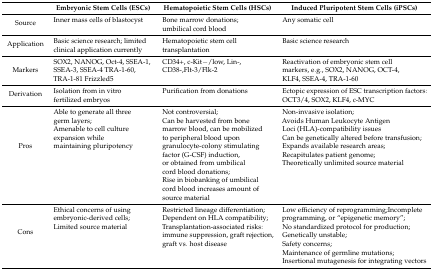
|  | Embryonic Stem Cells (ESCs) | Hematopoietic Stem Cells (HSCs) | Induced Pluripotent Stem Cells (iPSCs) |
 | --- | --- | --- | --- |
 | Source | Inner mass cells of blastocyst | Bone marrow donations; umbilical cord blood | Any somatic cell |
 | Application | Basic science research; limited clinical application currently | Hematopoietic stem cell transplantation | Basic science research |
 | Markers | SOX2, NANOG, Oct-4, SSEA-1, SSEA-3, SSEA-4 TRA-1-60, TRA-1-81 Frizzled5 | CD34+, c-Kit−/low, Lin-, CD38-,Flt-3/Flk-2 | Reactivation of embryonic stem cell markers, e.g., SOX2, NANOG, OCT-4, KLF4, SSEA-4, TRA-1-60 |
 | Derivation | Isolation from in vitro fertilized embryos | Purification fromdonations | Ectopic expression of ESC transcription factors: OCT3/4, SOX2, KLF4, c-MYC |
 | Pros | Able to generate all three germ layers;Amenable to cell culture expansion while maintaining pluripotency | Not controversial;Can be harvested from bone marrow blood, can be mobilized to peripheral blood upon granulocyte-colony stimulating factor (G-CSF) induction, or obtained from umbilical cord blood donations;Rise in biobanking of umbilical cord blood increases amount of source material | Non-invasive isolation;Avoids Human Leukocyte Antigen Loci (HLA)-compatibility issuesCan be genetically altered before transfusion;Expands available research areas;Recapitulates patient genome;Theoretically unlimited source material |
 | Cons | Ethical concerns of using embryonic-derived cells;Limited source material | Restricted lineage differentiation;Dependent on HLA compatibility;Transplantation-associated risks: immune suppression, graft rejection, graft vs. host disease | Low efficiency of reprogramming;Incomplete programming, or“epigenetic memory”;No standardized protocol for production;Genetically unstable;Safety concerns;Maintenance of germline mutations;Insertional mutagenesis for integrating vectors |